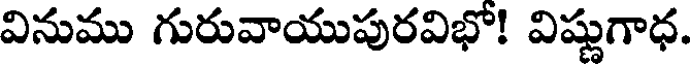
వినుము గురువాయుపురవిభో! విష్ణుగాధ.